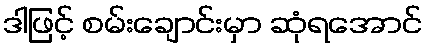
ဒါဖြင့် စမ်းချောင်းမှာ ဆုံရအောင်